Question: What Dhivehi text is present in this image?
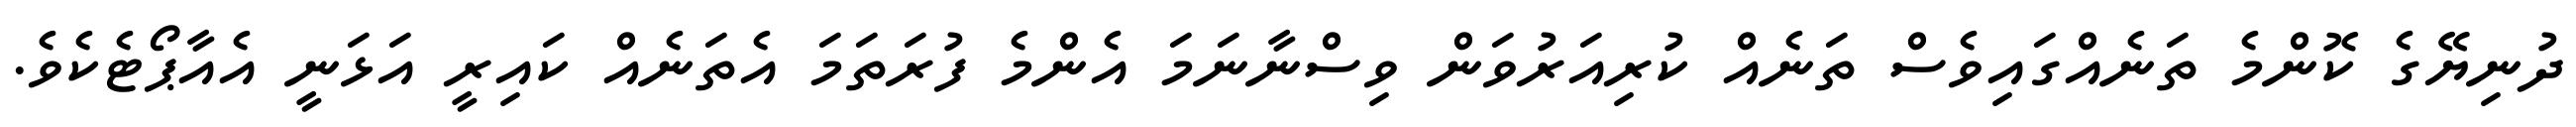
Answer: ދުނިޔޭގެ ކޮންމެ ތަނެއްގައިވެސް ތަނެއް ކުރިއަރުވަން ވިސްނާނަމަ އެންމެ ފުރަތަމަ އެތަނެއް ކައިރީ އަޅަނީ އެއާޕޯޓެކެވެ.